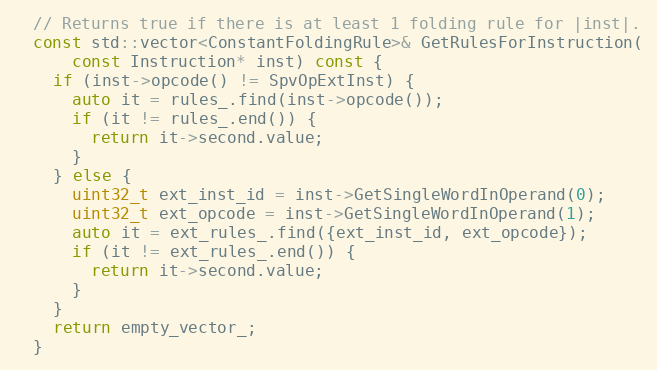
Language: C
  // Returns true if there is at least 1 folding rule for |inst|.
  const std::vector<ConstantFoldingRule>& GetRulesForInstruction(
      const Instruction* inst) const {
    if (inst->opcode() != SpvOpExtInst) {
      auto it = rules_.find(inst->opcode());
      if (it != rules_.end()) {
        return it->second.value;
      }
    } else {
      uint32_t ext_inst_id = inst->GetSingleWordInOperand(0);
      uint32_t ext_opcode = inst->GetSingleWordInOperand(1);
      auto it = ext_rules_.find({ext_inst_id, ext_opcode});
      if (it != ext_rules_.end()) {
        return it->second.value;
      }
    }
    return empty_vector_;
  }